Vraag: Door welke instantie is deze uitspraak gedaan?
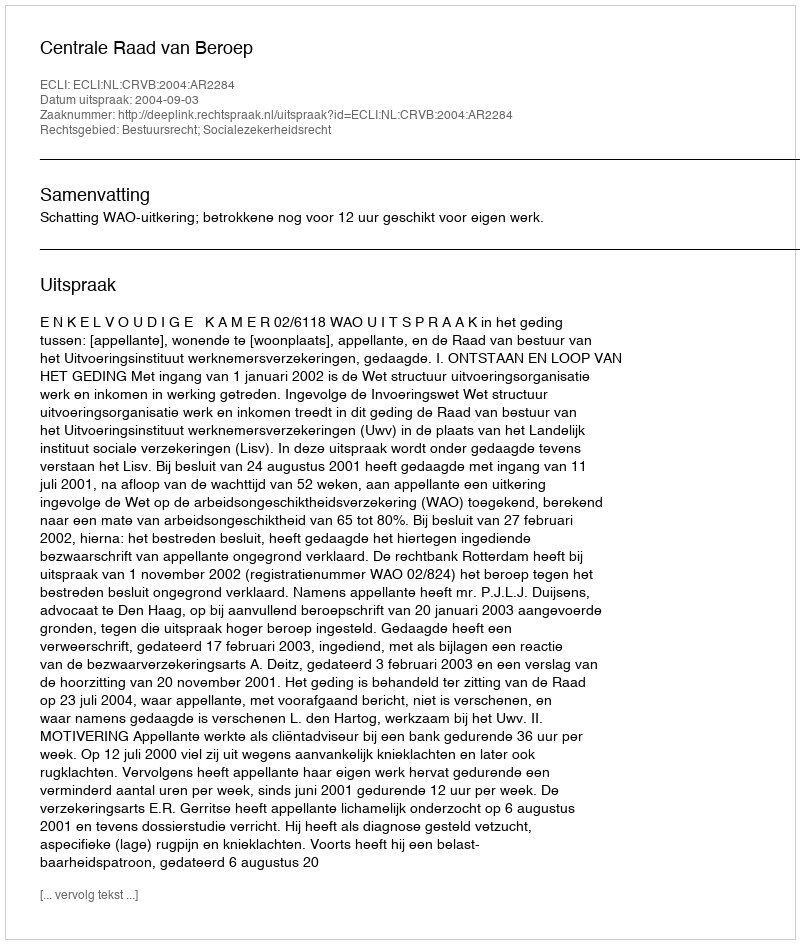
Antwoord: Centrale Raad van Beroep